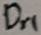
Text: Dr1